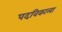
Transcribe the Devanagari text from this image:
पदविकाला